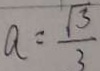
a = \frac { \sqrt { 3 } } { 3 }